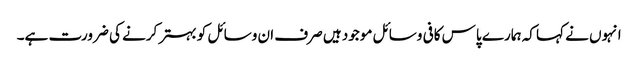
انہوں نے کہا کہ ہمارے پاس کافی وسائل موجود ہیں صرف ان وسائل کو بہتر کرنے کی ضرورت ہے۔